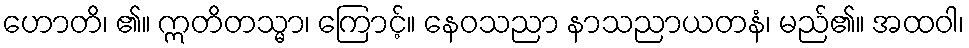
ဟောတိ၊ ၏။ ဣတိတသ္မာ၊ ကြောင့်။ နေဝသညာ နာသညာယတနံ၊ မည်၏။ အထဝါ၊